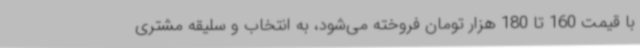
با قیمت 160 تا 180 هزار تومان فروخته می‌شود، به انتخاب و سلیقه مشتری